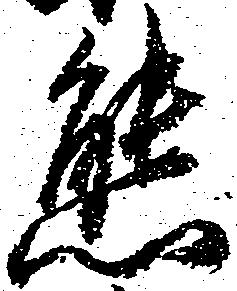
熊